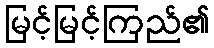
မြင့်မြင့်ကြည်၏